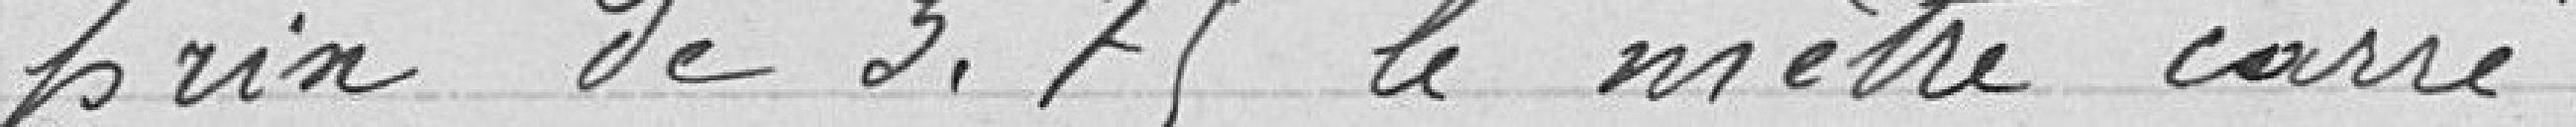
prix de 3.75 le mètre carré.